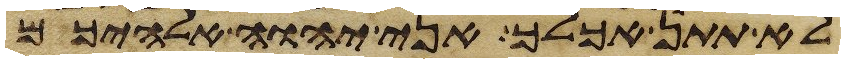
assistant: לא תתן אכלך אני יהוה אלהיכם